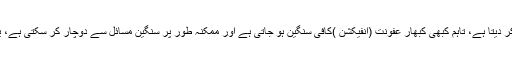
عام طور پر آرام اور ضد حیوی کا ایک کورس اس کو ٹھیک کر دیتا ہے، تاہم کبھی کبھار عفونت (انفیکشن )کافی سنگین ہو جاتی ہے اور ممکنہ طور پر سنگین مسائل سے دوچار کر سکتی ہے، یا پھر تھوڑے تھوڑے وقفے سے واپس متاثر کرتی رہتی ہے۔